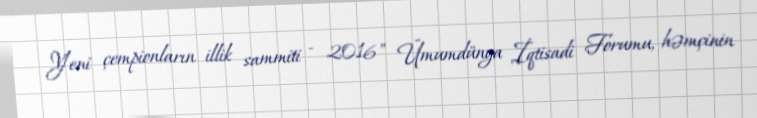
Yeni çempionların illik sammiti - 2016" Ümumdünya İqtisadi Forumu, həmçinin